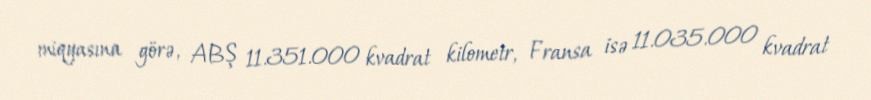
miqyasına görə, ABŞ 11.351.000 kvadrat kilometr, Fransa isə 11.035.000 kvadrat